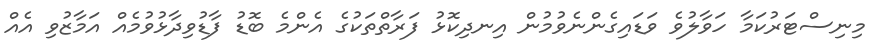
މިނިސްޓަރުކަމާ ހަވާލުވެ ވަޑައިގެންނެވުމުން އިނދިކޮޅު ފަރާތްތަކުގެ އެންމެ ބޮޑު ފާޑުވިދާޅުވުމެއް އަމާޒުވި އެއް